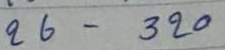
26 - 320